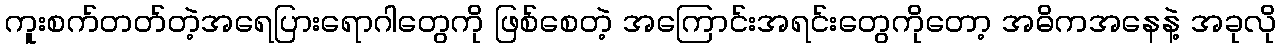
ကူးစက်တတ်တဲ့အရေပြားရောဂါတွေကို ဖြစ်စေတဲ့ အကြောင်းအရင်းတွေကိုတော့ အဓိကအနေနဲ့ အခုလို